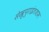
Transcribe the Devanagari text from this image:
सेखुपुराइंतजाम